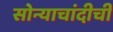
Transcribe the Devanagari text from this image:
सोन्याचांदीची